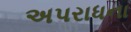
અપરાધના